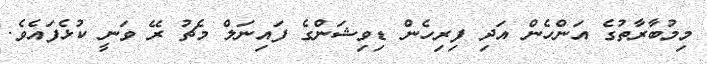
މިމުބާރާތުގެ އަންހެން އަދި ފިރިހެން ޑިވިޝަންގެ ފައިނަލް މެޗު ރޭ ވަނީ ކުޅެފައެވެ.